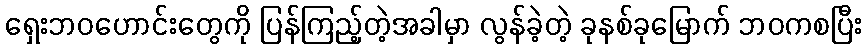
ရှေးဘဝဟောင်းတွေကို ပြန်ကြည့်တဲ့အခါမှာ လွန်ခဲ့တဲ့ ခုနစ်ခုမြောက် ဘဝကစပြီး